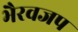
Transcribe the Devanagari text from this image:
भैरवजप